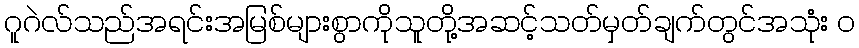
ဂူဂဲလ်သည်အရင်းအမြစ်များစွာကိုသူတို့အဆင့်သတ်မှတ်ချက်တွင်အသုံး ၀